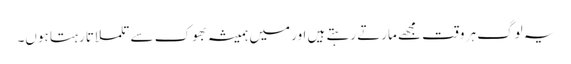
یہ لوگ ہر وقت مجھے مارتے رہتے ہیں اور میں ہمیشہ بھوک سے تلملاتا رہتا ہوں۔